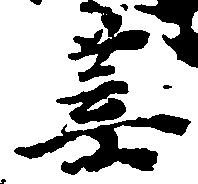
葉